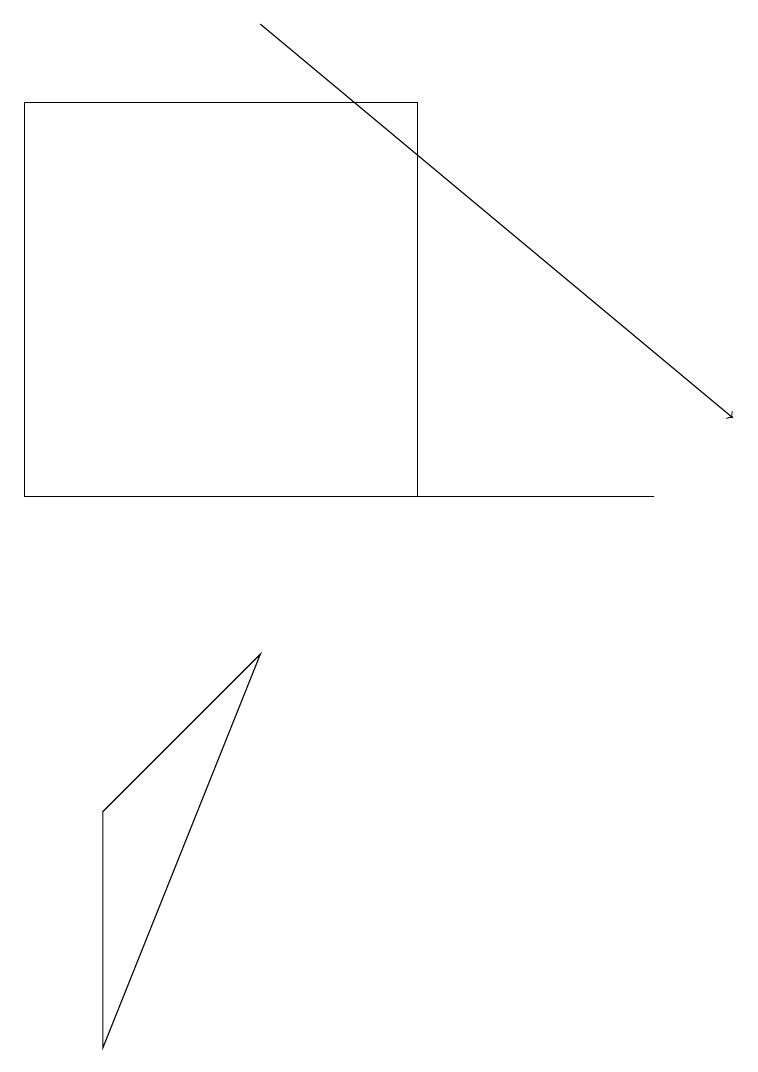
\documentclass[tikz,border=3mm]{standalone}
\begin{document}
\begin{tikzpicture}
\draw (1,7) -- (1,4) -- (3,9) -- cycle;
\draw (0,16) rectangle (5,11);
\draw[->] (3,17) -- (9,12);
\draw (3,11) rectangle (8,11);
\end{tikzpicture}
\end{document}